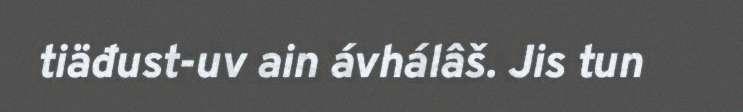
tiäđust-uv ain ávhálâš. Jis tun